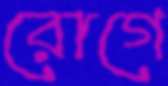
রোগে